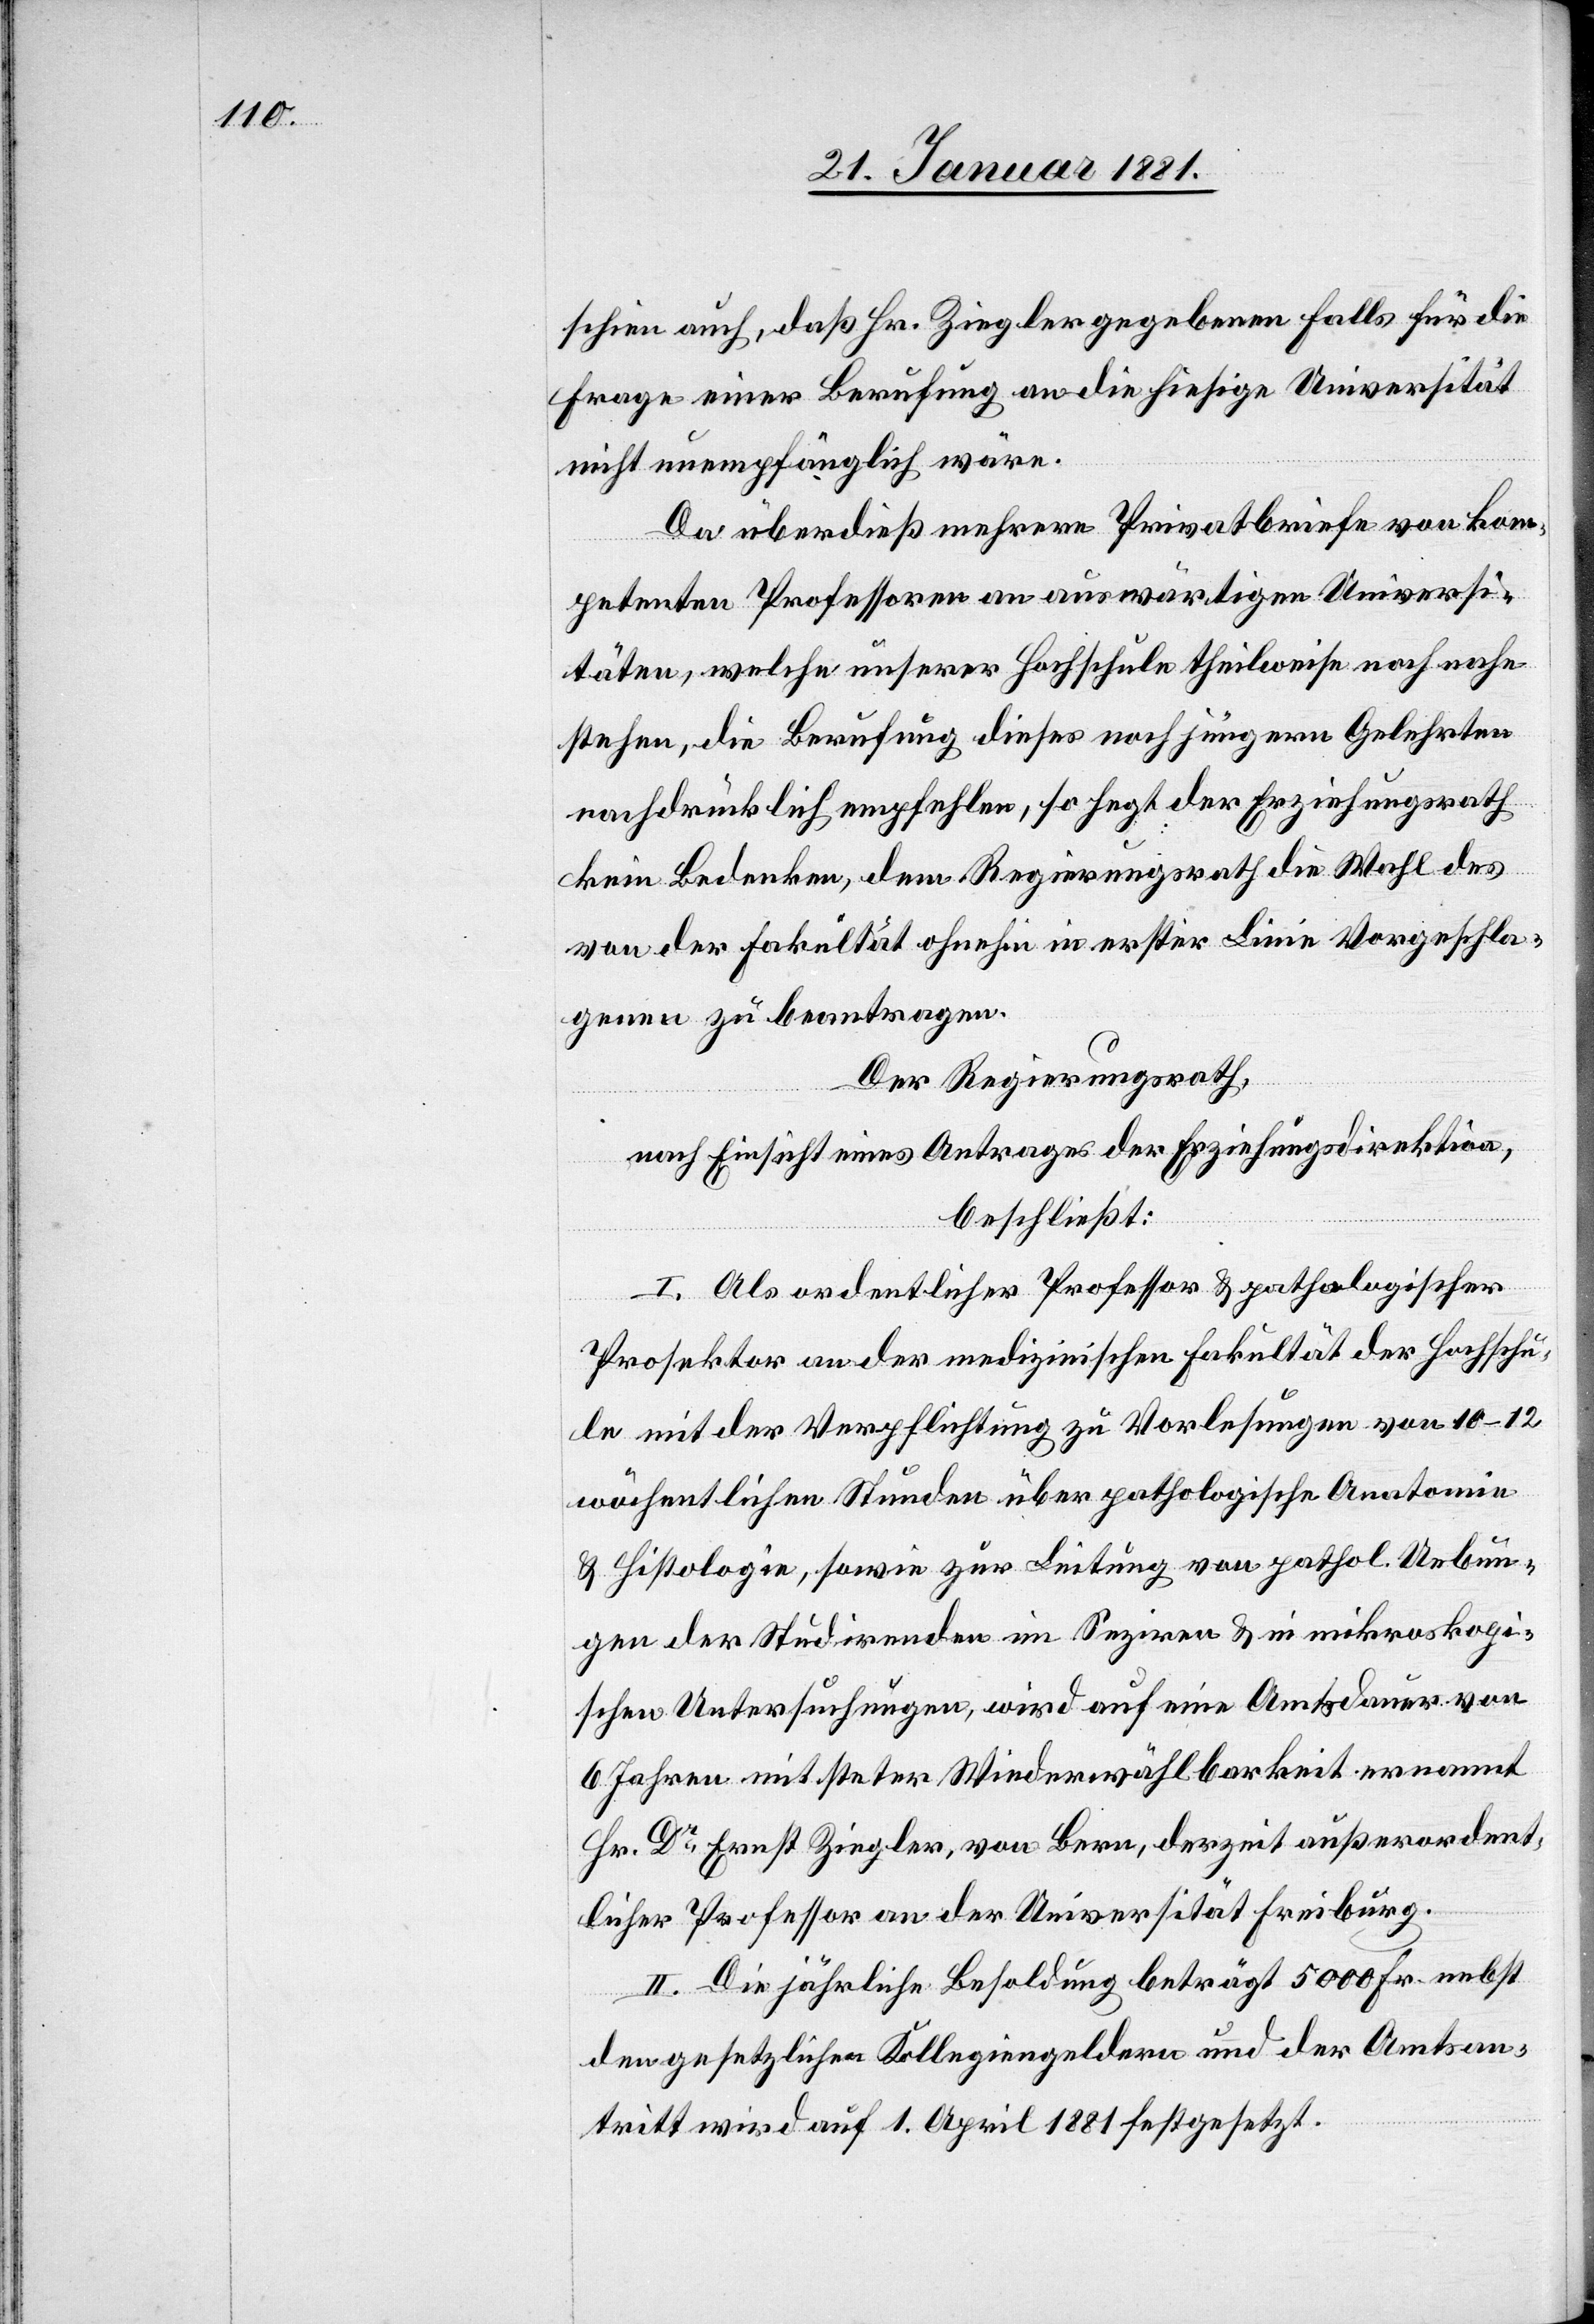
schien auch, daß Hr. Ziegler gegebenen falls für die
Frage einer Berufung an die hiesige Universität
nicht unempfänglich wäre.
Da überdieß mehrere Privatbriefe von kom¬
petenten Professoren an auswärtigen Universi¬
täten, welche unserer Hochschule theilweise noch nahe¬
stehen, die Berufung dieses noch jüngern Gelehrten
nachdrücklich empfehlen, so hegt der Erziehungsrath
kein Bedenken, dem Regierungsrath die Wahl des
von der Fakultät ohnehin in erster Linie Vorgeschla¬
genen zu beantragen.
Der Regierungsrath,
nach Einsicht eines Antrages der Erziehungsdirektion,
beschließt:
I. Als ordentlicher Professor & pathologischer
Prosektor an der medizinischen Fakultät der Hochschu¬
le mit der Verpflichtung zu Vorlesungen von 10–12
wöchentlichen Stunden über pathologische Anatomie
& Histologie, sowie zur Leitung von pathol. Uebun¬
gen der Studirenden im Seziren & in mikroskopi¬
schen Untersuchungen, wird auf eine Amtsdauer von
6 Jahren mit steter Wiederwählbarkeit ernannt
Hr. Dr Ernst Ziegler, von Bern, derzeit außerordent¬
licher Professor an der Universität Freiburg.
II. Die jährliche Besoldung beträgt 5000 Fr. nebst
den gesetzlichen Kollegiengeldern und der Amtsan¬
tritt wird auf 1. April 1881 festgesetzt.